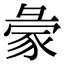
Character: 𧰺